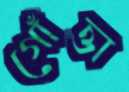
গোঁত্তা